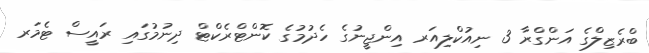
ބްރެޒިލްގެ އަންގްރާ 3 ނިއުކްލިއަރ އިންޖީނުގެ ހެދުމުގެ ކޮންޓްރެކްޓް ދިނުމުގައި ރައީސް ޓެމަރ